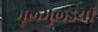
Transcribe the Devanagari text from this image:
भूलभुलइयों